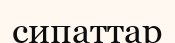
сипаттар